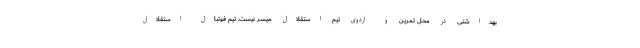
بهداشتی در محل تمرین و اردوی تیم استقلال میسر نیست. تیم فوتبال استقلال